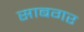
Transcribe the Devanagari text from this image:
साबगर